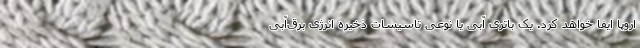
اروپا ایفا خواهد کرد. یک باتری آبی یا نوعی تاسیسات ذخیره انرژی برق‌آبی